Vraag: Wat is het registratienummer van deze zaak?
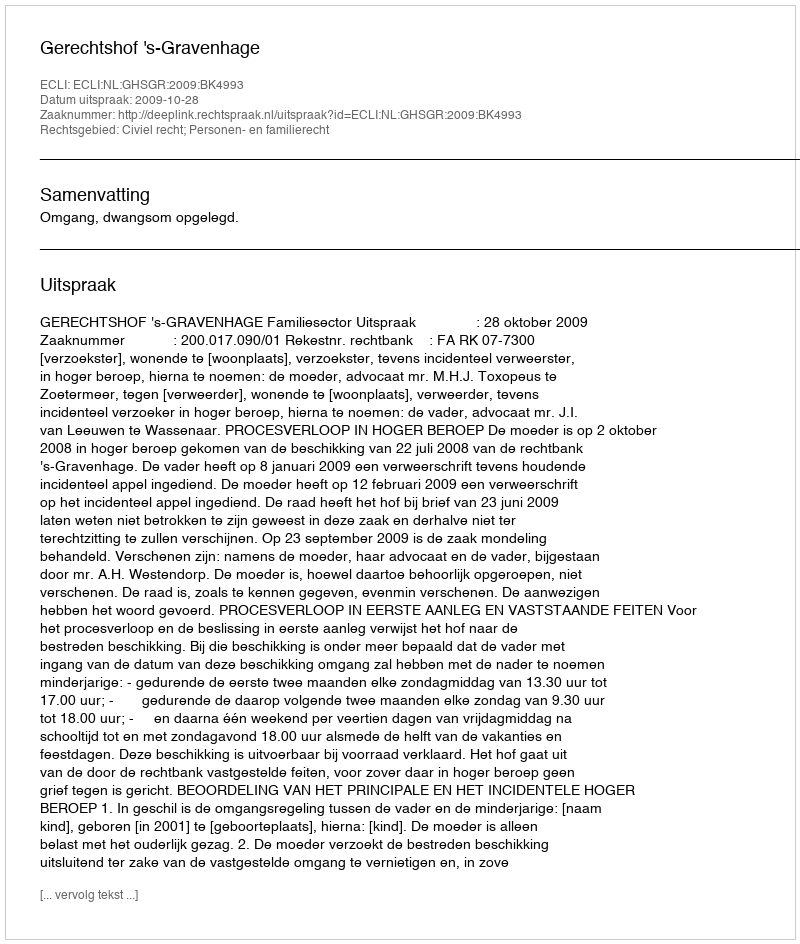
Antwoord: http://deeplink.rechtspraak.nl/uitspraak?id=ECLI:NL:GHSGR:2009:BK4993